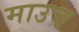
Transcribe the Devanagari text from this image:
माउच